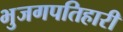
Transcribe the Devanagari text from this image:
भुजगपतिहारी